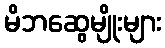
မိဘဆွေမျိုးများ